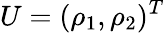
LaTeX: U=(\rho_{1},\rho_{2})^{T}